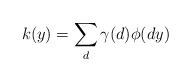
LaTeX: \begin{align*} k(y)=\sum_d \gamma(d)\phi(dy)\end{align*}